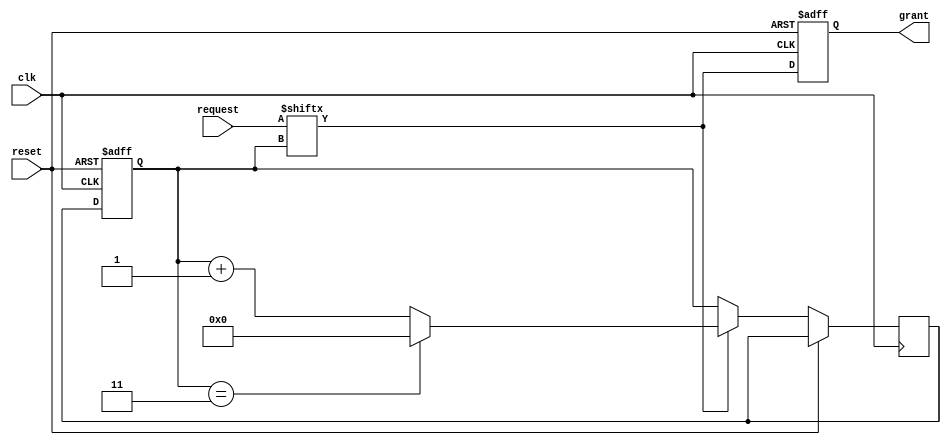
module round_robin_arbiter(
    input wire clk,
    input wire reset,
    input wire [N-1:0] request,
    output reg grant
);

parameter N = 4;
reg [N-1:0] priority;
reg [N-1:0] next_priority;

always @(posedge clk or posedge reset) begin
    if (reset) begin
        priority <= 0;
        grant <= 0;
    end else begin
        priority <= next_priority;
        grant <= request[priority];
        
        if (request[priority]) begin
            if (priority == N-1)
                next_priority <= 0;
            else
                next_priority <= priority + 1;
        end else begin
            next_priority <= priority;
        end
    end
end

endmodule